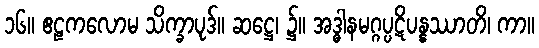
၁၆။ ဧဠကလောမ သိက္ခာပုဒ်။ ဆဋ္ဌေ၊ ၌။ အဒ္ဓါနမဂ္ဂပ္ပဋိပန္နဿာတိ၊ ကာ။